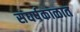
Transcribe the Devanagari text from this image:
संघर्षकाळात